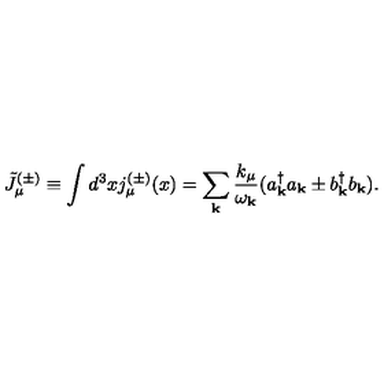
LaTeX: \tilde { J } _ { \mu } ^ { ( \pm ) } \equiv \int d ^ { 3 } x j _ { \mu } ^ { ( \pm ) } ( x ) = \sum _ { { \bf k } } \frac { k _ { \mu } } { \omega _ { { \bf k } } } ( a _ { { \bf k } } ^ { \dagger } a _ { { \bf k } } \pm b _ { { \bf k } } ^ { \dagger } b _ { { \bf k } } ) .